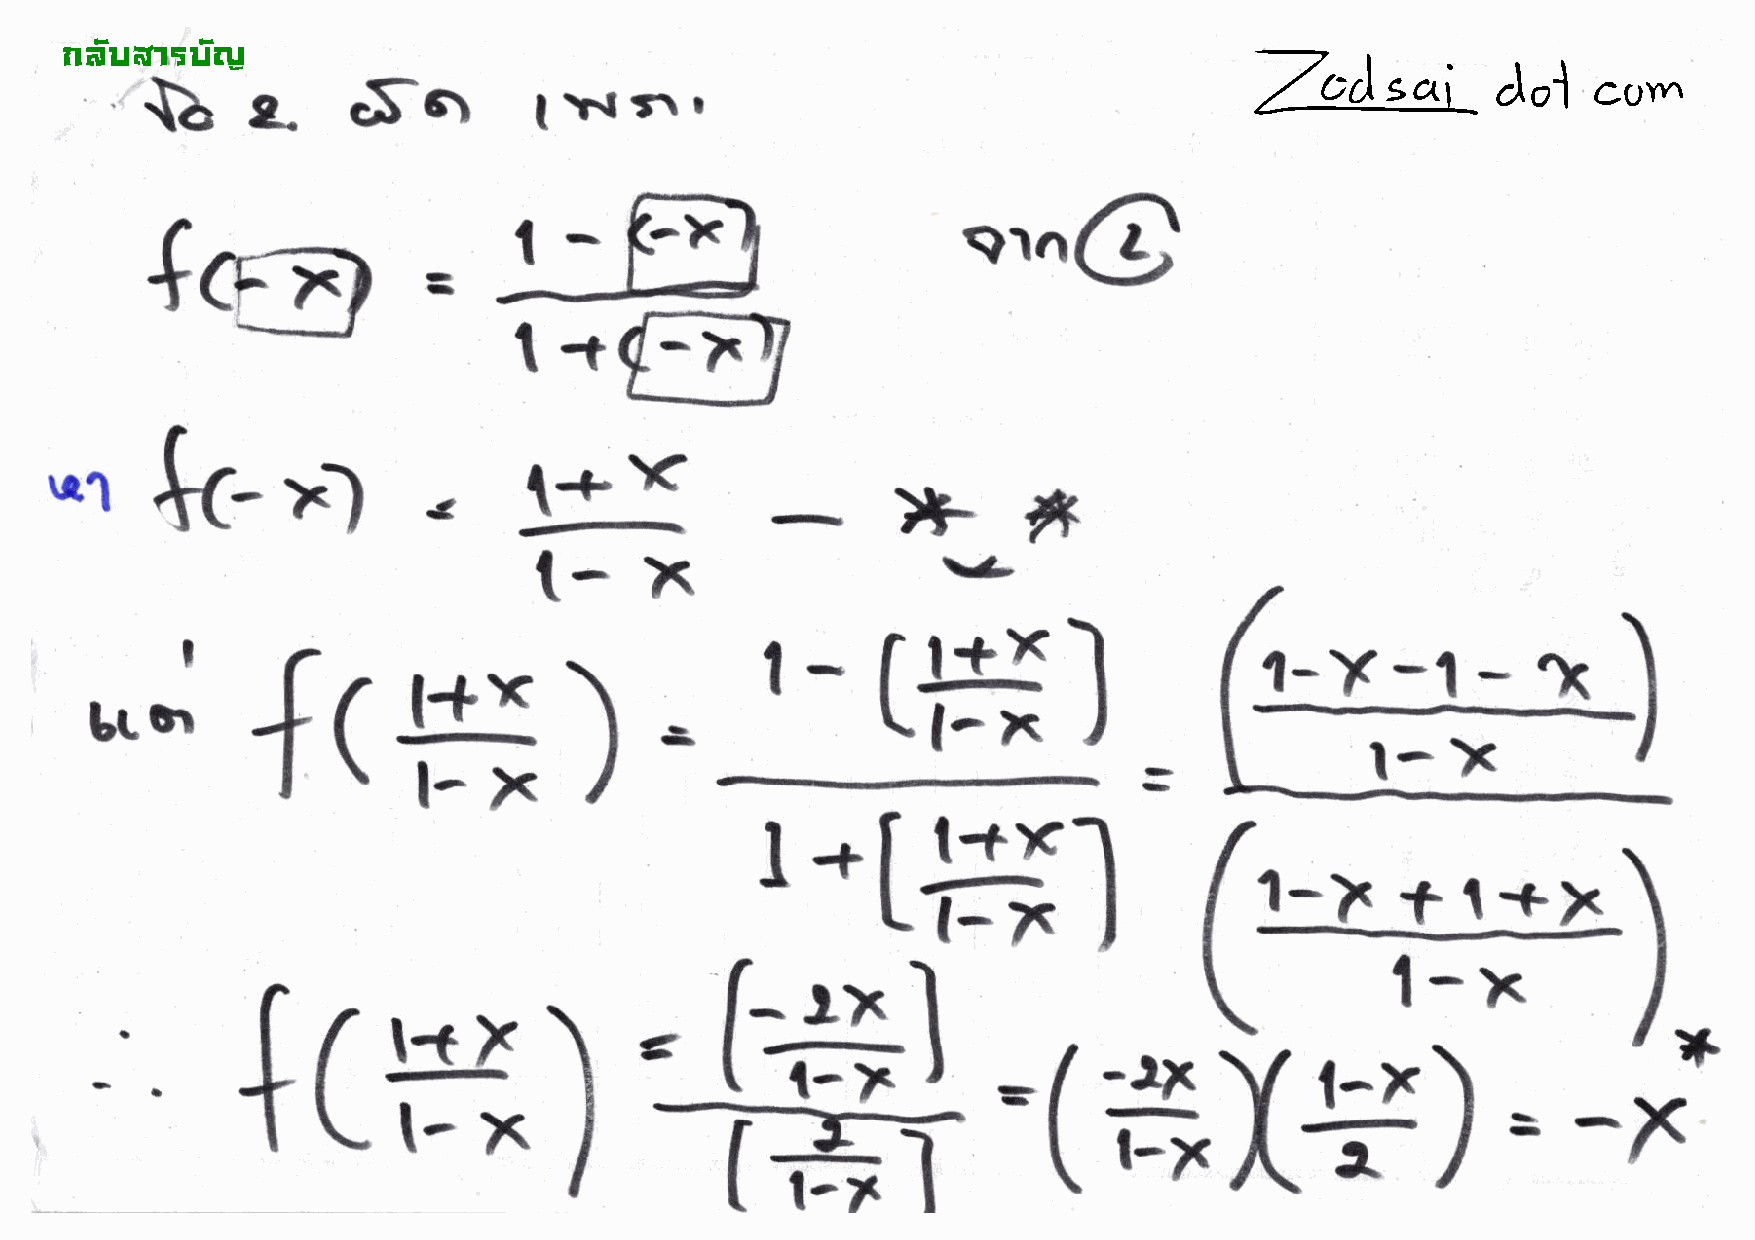
!"#$%&'$#(
 \a           .Sq
 c..
 Itflrt
 {61
 srn@
 =
 l+
 -)r
 l
 .      i*x
 tt-;)
 u1
 >ts
 -                l+
 \.-
 t-     71